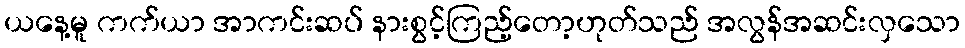
ယနေ့မူ ကက်ယာ အာကင်းဆပ် နားစွင့်ကြည့်တော့ဟုတ်သည် အလွန်အဆင်းလှသော